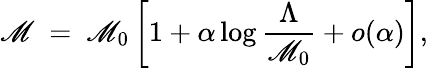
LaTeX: \mathscr{M}\ =\ \mathscr{M}_{0}\left[1+\alpha\log\frac{{\Lambda}}{{\mathscr{M}_{0}}}+o(\alpha)\right],